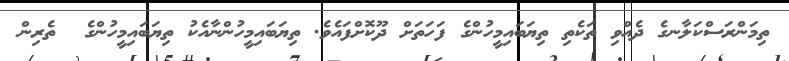
ތިމަންރަސްކަލާނގެ ދެއްވި ތަކެތި ތިޔަބައިމީހުންގެ ފަހަތަށް ދޫކޮށްފައެވެ. ތިޔަބައިމީހުންނާއެކު ތިޔަބައިމީހުންގެ  ތެރިން